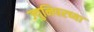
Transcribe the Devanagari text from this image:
ज्युनिपरच्या